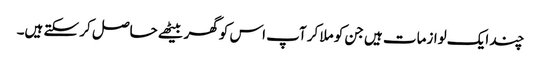
چند ایک لوازمات ہیں جن کو ملا کر آپ اس کو گھر بیٹھے حاصل کر سکتے ہیں۔